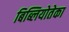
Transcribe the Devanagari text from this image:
बिब्लियोतेका